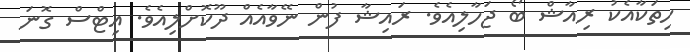
ހިތަކާއެކު ރިއާޝް ބޯ ޖަހާލިއެވެ. ރައިޝާ ފުން ނޭވާއެއް ދޫކޮށްލިއެވެ. އިޓްސް ގޮނަ